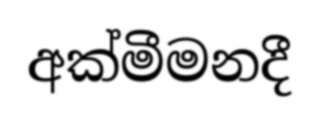
අක්මීමනදී